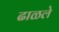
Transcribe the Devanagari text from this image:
ढाळले